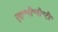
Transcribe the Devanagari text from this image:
एस॰पी॰बी॰टी॰